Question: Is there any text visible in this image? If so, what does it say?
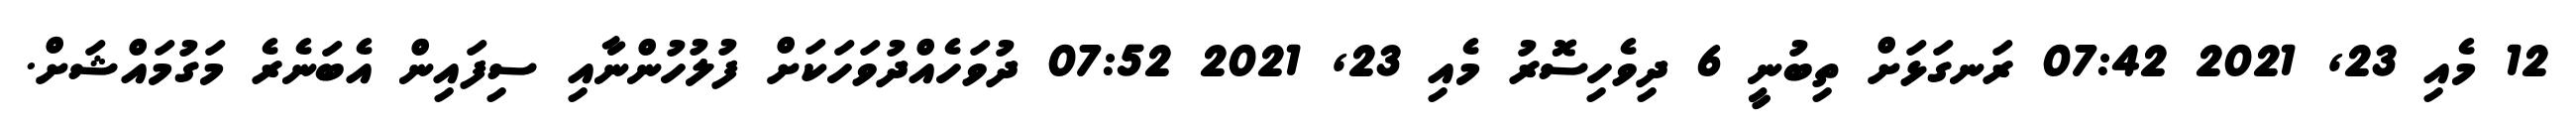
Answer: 12 މެއި 23, 2021 07:42 ރަނގަޅަށް ތިބުނީ 6 ދިވެހިސޮރު މެއި 23, 2021 07:52 ދުވަހެއްދުވަހަކަށް ފުލުހުންނާއި ސިފައިން އެބަނެރެ މަގުމައްޝަށް.